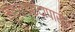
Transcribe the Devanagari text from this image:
मुक्तच्‍छंदापासून